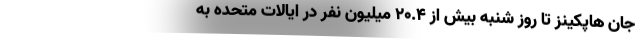
جان هاپکینز تا روز شنبه بیش از ۲۰.۴ میلیون نفر در ایالات متحده به